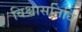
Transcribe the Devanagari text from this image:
विश्वासनिधि